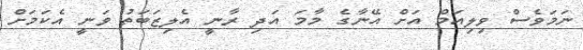
ނަމަވެސް ވިލިއަމް އަށް އޭނާގެ މާމަ އަދި ރާނީ އެލިޒަބަތު ވަނީ އެކަމަށް